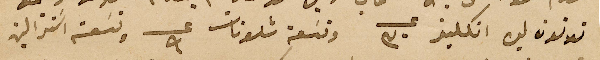
تلاتون ليره انكليز عــ ٣٠ وتسَعة شلونات عــ ٩ وتسَعة اسَترالية